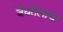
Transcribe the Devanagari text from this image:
वैधतेलाच